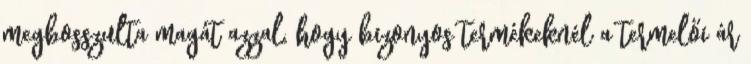
megbosszulta magát azzal, hogy bizonyos termékeknél a termelői ár